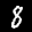
Label: 8